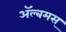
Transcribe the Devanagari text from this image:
अॅल्बमस्